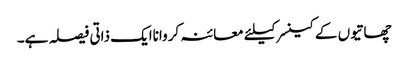
چھاتیوں کے کینسرکیلئے معائنہ کرواناایک ذاتی فیصلہ ہے۔